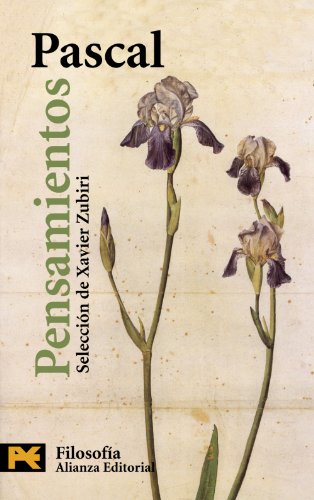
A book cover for Pensamientos / Thoughts (Humanidades / Humanities) (Spanish Edition); Pascal; Politics & Social Sciences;